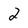
Character: 2